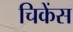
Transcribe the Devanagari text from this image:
चिकेंस